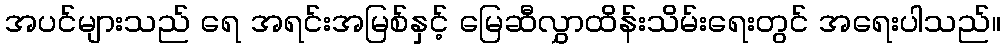
အပင်များသည် ရေ အရင်းအမြစ်နှင့် မြေဆီလွှာထိန်းသိမ်းရေးတွင် အရေးပါသည်။